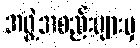
အဖွဲ့အစည်းများမှ